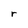
Character: r